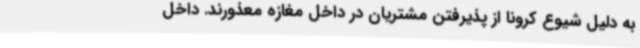
به دلیل شیوع کرونا از پذیرفتن مشتریان در داخل مغازه معذورند. داخل